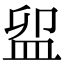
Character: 𥁚